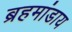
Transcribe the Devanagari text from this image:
ब्रहमांडाय